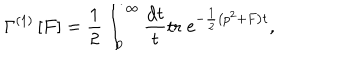
\Gamma ^ { ( 1 ) } \left[ F \right] = \frac 1 2 \int _ { 0 } ^ { \infty } \frac { \mathrm { d } t } { t } \mathrm { t r } \; \mathrm { e } ^ { - \frac 1 2 \left( p ^ { 2 } + F \right) t } ,